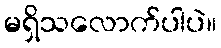
မရှိသလောက်ပါပဲ။